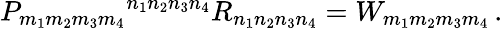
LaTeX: P_{m_{1}m_{2}m_{3}m_{4}}{}^{n_{1}n_{2}n_{3}n_{4}}R_{n_{1}n_{2}n_{3}n_{4}}=W_{m_{1}m_{2}m_{3}m_{4}}\, .